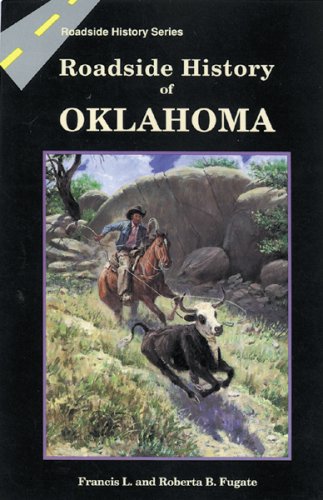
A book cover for Roadside History of Oklahoma (Roadside History (Paperback)); Francis L. Fugate; Travel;